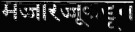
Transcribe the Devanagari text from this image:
मज्जारज्जूकडून